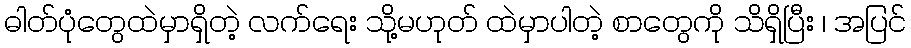
ဓါတ်ပုံတွေထဲမှာရှိတဲ့ လက်ရေး သို့မဟုတ် ထဲမှာပါတဲ့ စာတွေကို သိရှိပြီး ၊ အပြင်